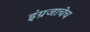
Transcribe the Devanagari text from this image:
इंग्रजाचेच